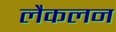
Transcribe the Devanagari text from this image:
लैकलन